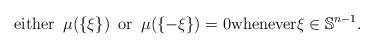
LaTeX: \begin{align*} \mbox{either}\, \, \, \mu ( \{\xi\} ) \, \, \, \mbox{or} \, \, \, \mu (\{- \xi\} )= 0 \mbox{whenever} \xi \in \mathbb{S}^{n-1}. \end{align*}